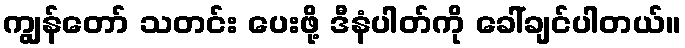
ကျွန်တော် သတင်း ပေးဖို့ ဒီနံပါတ်ကို ခေါ်ချင်ပါတယ်။